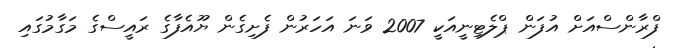
ފްރާންސްއަށް އުފަން ޕްލެޓިނީއަކީ 2007 ވަނަ އަހަރުން ފެށިގެން ޔޫއެފާގެ ރައީސްގެ މަގާމުގައި